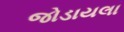
જોડાયલા